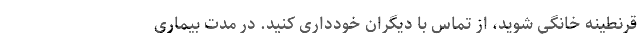
قرنطینه خانگی شوید، از تماس با دیگران خودداری کنید. در مدت بیماری